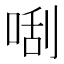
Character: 𠵯